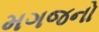
મગજનો